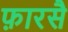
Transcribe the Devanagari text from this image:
फ़ारसै